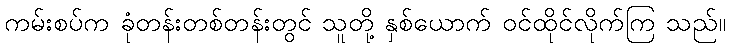
ကမ်းစပ်က ခုံတန်းတစ်တန်းတွင် သူတို့ နှစ်ယောက် ဝင်ထိုင်လိုက်ကြ သည်။